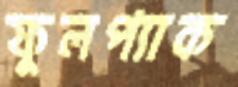
ফুলপ্যাক